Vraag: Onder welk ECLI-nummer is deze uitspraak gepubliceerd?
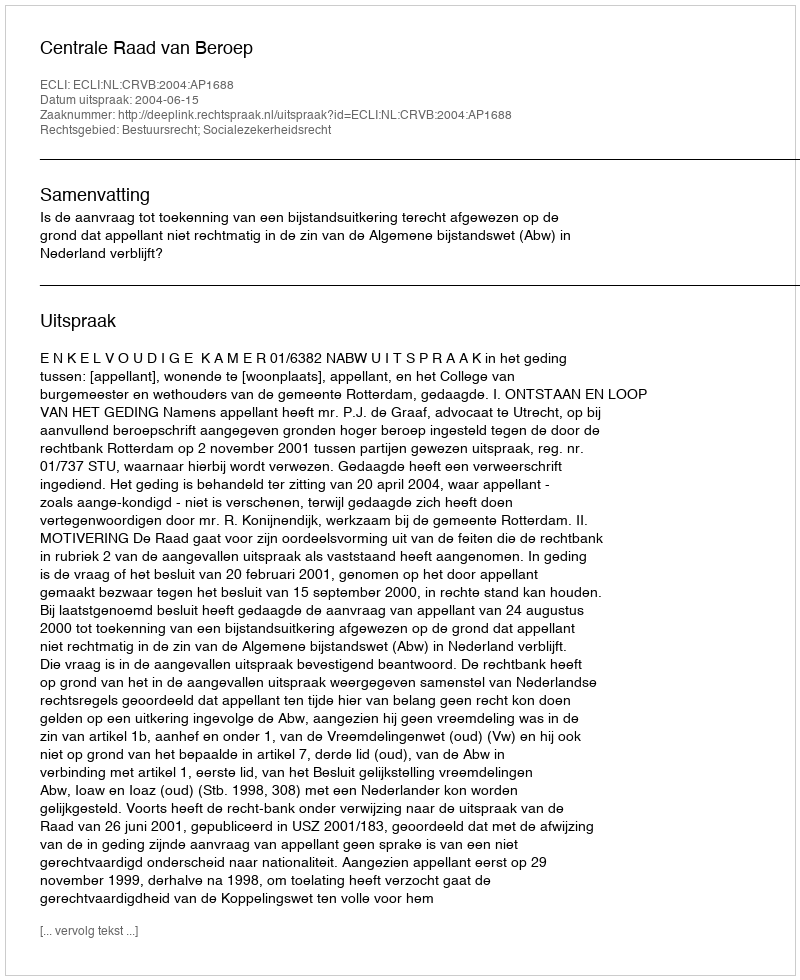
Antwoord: ECLI:NL:CRVB:2004:AP1688